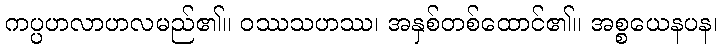
ကပ္ပဟလာဟလမည်၏။ ဝဿသဟဿ၊ အနှစ်တစ်ထောင်၏။ အစ္စယေနပန၊